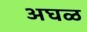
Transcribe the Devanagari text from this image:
अघळ